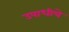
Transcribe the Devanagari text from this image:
उपाधीचे